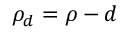
\rho _ { d } = \rho - d